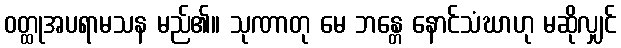
ဝတ္ထုအပရာမသန မည်၏။ သုဏာတု မေ ဘန္တေ နောင်သံဃာဟု မဆိုလျှင်